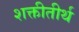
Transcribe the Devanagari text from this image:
शक्तीतीर्थ